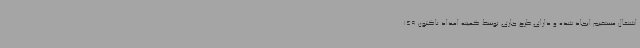
اشتغال مستقیم ایجاد شده و دارای طرح جاری توسط کمیته امداد تاکنون 149